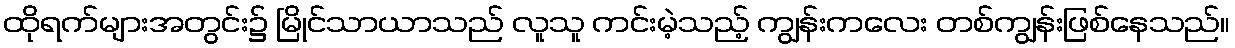
ထိုရက်များအတွင်း၌ မြိုင်သာယာသည် လူသူ ကင်းမဲ့သည့် ကျွန်းကလေး တစ်ကျွန်းဖြစ်နေသည်။